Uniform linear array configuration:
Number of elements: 12
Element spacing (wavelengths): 1
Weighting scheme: uniform
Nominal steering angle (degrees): -45
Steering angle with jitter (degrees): -43.576
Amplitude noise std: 0.05
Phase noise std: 0.05

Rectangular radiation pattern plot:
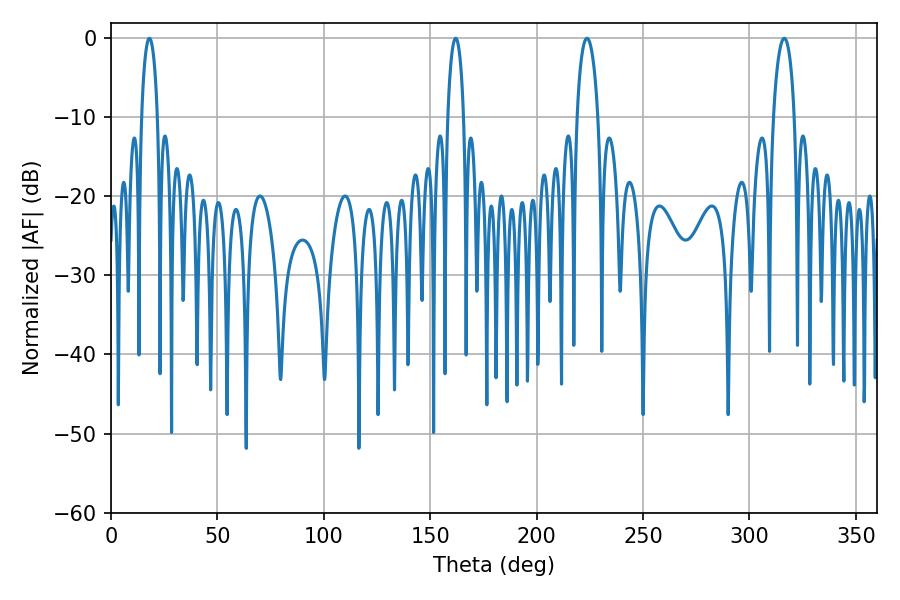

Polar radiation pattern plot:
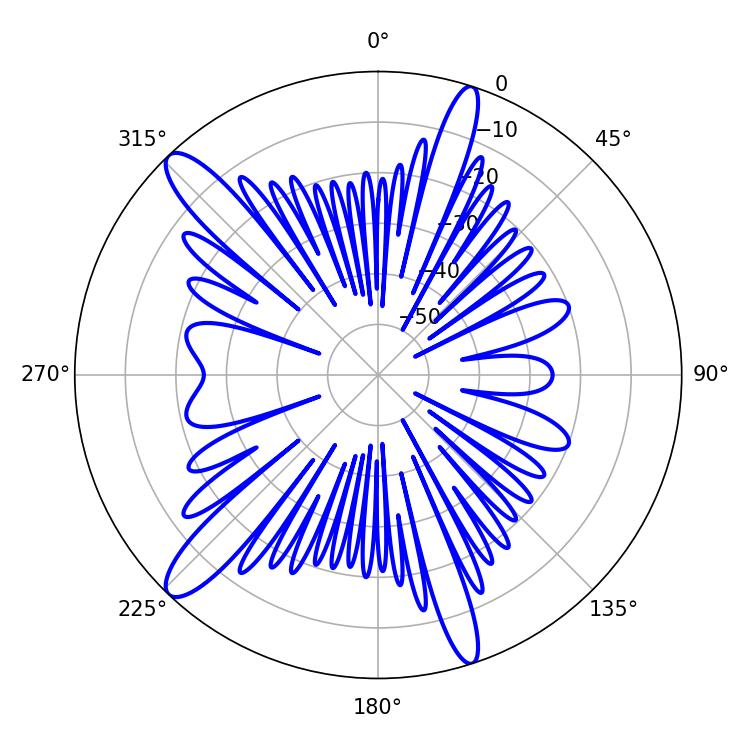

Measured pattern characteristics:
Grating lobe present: TRUE
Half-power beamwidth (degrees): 4.32
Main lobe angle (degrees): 18